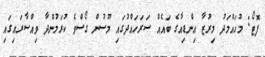
ފޮޓޯ: މުހައްމަދު މިރުޒާ އިންޑިއާގެ ބައެއް ސަރަހައްދުގައި މޫސުން ގޯސްވެ ކުރަމުންދާ ވިއްސާރައިގައި